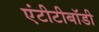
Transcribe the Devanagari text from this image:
एंटीटीबॉडी